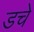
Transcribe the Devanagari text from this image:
डचे